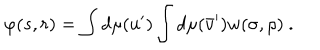
LaTeX: \varphi ( s , r ) = \int d \mu ( u ^ { \prime } ) \int d \mu ( \bar { v } ^ { \prime } ) w ( \sigma , \rho ) \ .